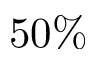
5 0 \%